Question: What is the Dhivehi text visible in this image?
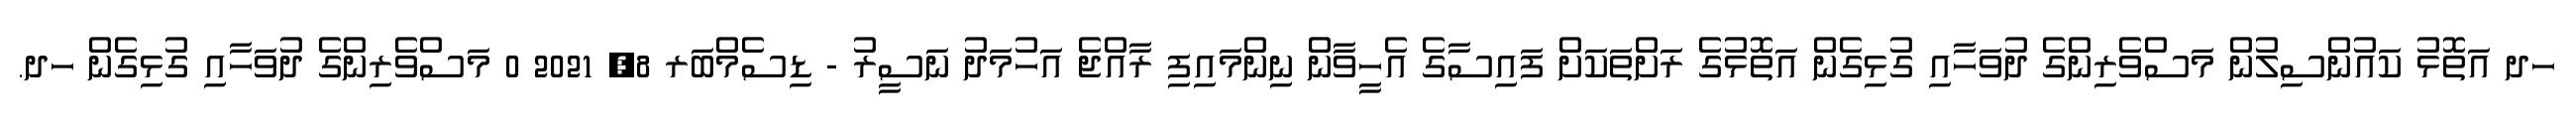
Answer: ހދ އަތޮޅު ކައުންސިލުން މަސްވެރިންގެ ދުވަހާއި ގުޅިގެން އަތޮޅުގެ ރަށްތަކަށް ފައިސާގެ އެހީވާން ނިންމައިފި ރާއްޖެ އަހުމަދު ނަސީރު - ޑިސެމްބަރ 8, 2021 0 މަސްވެރިންގެ ދުވަހާއި ގުޅިގެން ހދ.